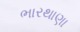
ભારથાણા